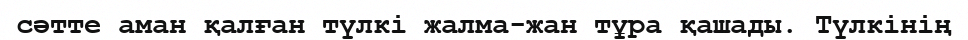
сәтте аман қалған түлкі жалма-жан тұра қашады. Түлкінің